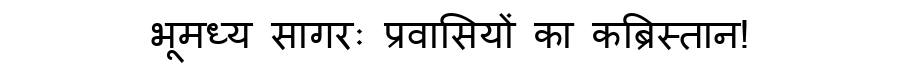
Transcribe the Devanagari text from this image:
भूमध्य सागरः प्रवासियों का कब्रिस्तान!